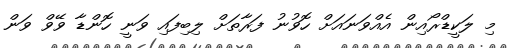
މި ލަކީޑްރޯއިން އެއްވަނައަށް ހޮވުނު ފަރާތަށް ލިބިފައި ވަނީ ހޮންޑާ ވޭވް ވަން